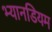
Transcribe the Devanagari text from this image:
भ्यानडियम